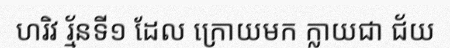
ហរិវ រ្ម័នទី១ ដែល ក្រោយមក ក្លាយជា ជ័យ